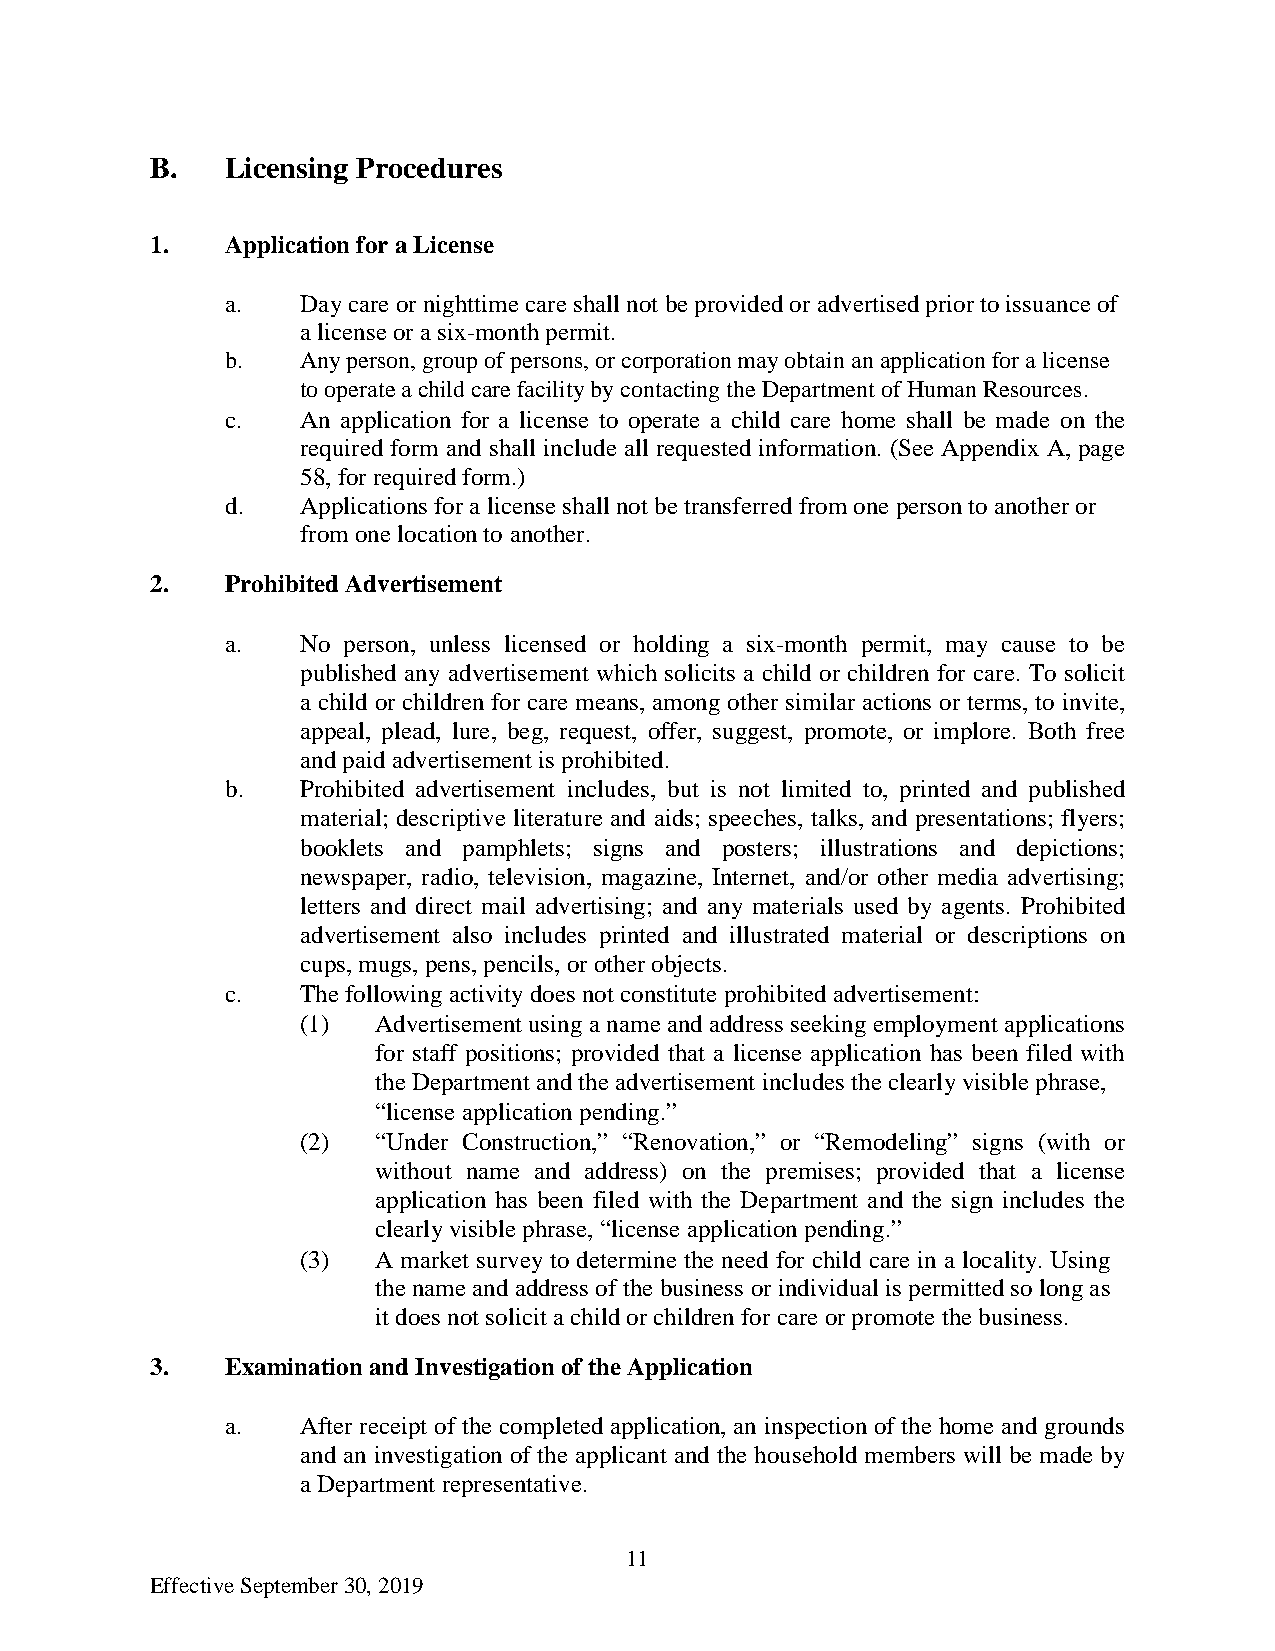
B.   Licensing Procedures
 1.   Application for a License
 a.   Day care or nighttime care shall not be provided or advertised prior to issuance of
 a license or a six-month permit.
 b.   Any person, group of persons, or corporation may obtain an application for a license
 to operate a child care facility by contacting the Department of Human Resources.
 c.   An application for a license to operate a child care home shall be made on the
 required form and shall include all requested information. (See Appendix A, page
 58, for required form.)
 d.   Applications for a license shall not be transferred from one person to another or
 from one location to another.
 2.   Prohibited Advertisement
 a.   No person, unless licensed or holding a six-month permit, may cause to be
 published any advertisement which solicits a child or children for care. To solicit
 a child or children for care means, among other similar actions or terms, to invite,
 appeal, plead, lure, beg, request, offer, suggest, promote, or implore. Both free
 and paid advertisement is prohibited.
 b.   Prohibited advertisement includes, but is not limited to, printed and published
 material; descriptive literature and aids; speeches, talks, and presentations; flyers;
 booklets and pamphlets; signs and posters; illustrations and depictions;
 newspaper, radio, television, magazine, Internet, and/or other media advertising;
 letters and direct mail advertising; and any materials used by agents. Prohibited
 advertisement also includes printed and illustrated material or descriptions on
 cups, mugs, pens, pencils, or other objects.
 c.   The following activity does not constitute prohibited advertisement:
 (1)  Advertisement using a name and address seeking employment applications
 for staff positions; provided that a license application has been filed with
 the Department and the advertisement includes the clearly visible phrase,
 “license application pending.”
 (2)  “Under Construction,” “Renovation,” or “Remodeling” signs (with or
 without name and address) on the premises; provided that a license
 application has been filed with the Department and the sign includes the
 clearly visible phrase, “license application pending.”
 (3)  A market survey to determine the need for child care in a locality. Using
 the name and address of the business or individual is permitted so long as
 it does not solicit a child or children for care or promote the business.
 3.   Examination and Investigation of the Application
 a.   After receipt of the completed application, an inspection of the home and grounds
 and an investigation of the applicant and the household members will be made by
 a Department representative.
 11
 Effective September 30, 2019